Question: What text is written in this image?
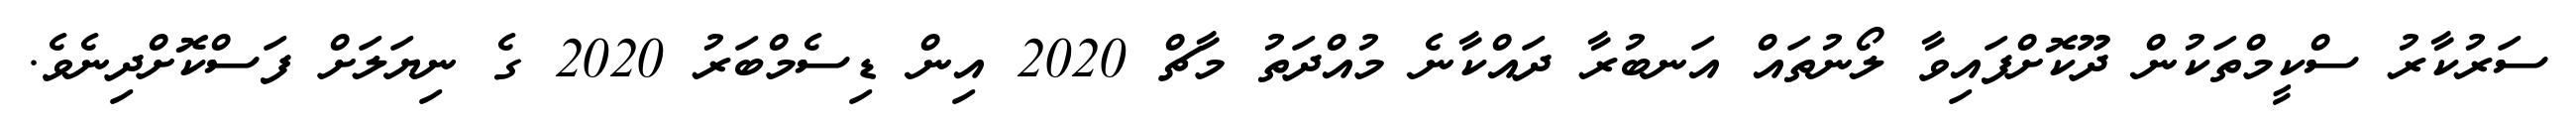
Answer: ސަރުކާރު ސްކީމްތަކުން ދޫކޮށްފައިވާ ލޯނުތައް އަނބުރާ ދައްކާނެ މުއްދަތު މާޗް 2020 އިން ޑިސެމްބަރު 2020 ގެ ނިޔަލަށް ފަސްކޮށްދިނެވެ.